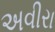
અવીરા